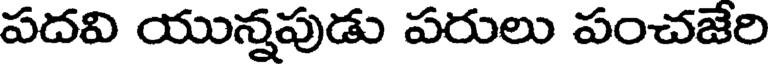
పదవి యున్నపుడు పరులు పంచజేరి